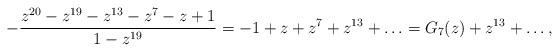
LaTeX: \begin{align*}-\frac{z^{20} -z^{19} -z^{13} -z^{7} -z +1}{1 - z^{19}} = -1 + z +z^{7}+ z^{13} + \ldots = G_{7}(z) +z^{13}+\ldots ,\end{align*}